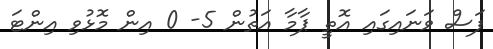
ފަސް ވަނައިގައި އޮތީ ޕާމާ އަތުން 5- 0 އިން މޮޅުވި އިންޓަ